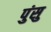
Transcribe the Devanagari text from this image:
पुंसु